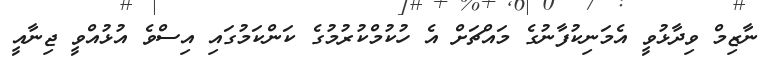
ނާޒިމް ވިދާޅުވީ އެމަނިކުފާނުގެ މައްޗަށް އެ ހުކުމްކުރުމުގެ ކަންކަމުގައި އިސްވެ އުޅުއްވީ ޖިނާއީ